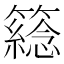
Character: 𥵮